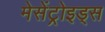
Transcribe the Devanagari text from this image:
मेसेंट्रोइड्स